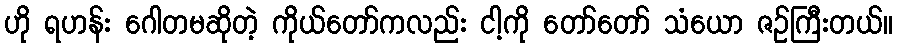
ဟို ရဟန်း ဂေါတမဆိုတဲ့ ကိုယ်တော်ကလည်း ငါ့ကို တော်တော် သံယော ဇဉ်ကြီးတယ်။